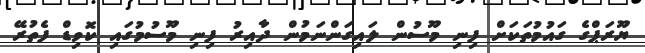
ޔޫރަޕްގެ ގައުމުތަކަށް ފިނި މޫސުން ލައިގަންނަމުން ދާއިރު ފިނި މޫސުމުގައި ކޮވިޑް ފެތުރޭ